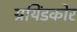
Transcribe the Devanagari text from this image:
ग्रयिंडकोर